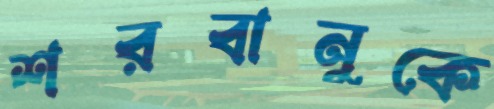
শরবানুকে